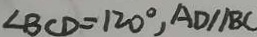
\angle B C D = 1 2 0 ^ { \circ } , A D / / B C